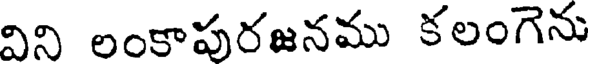
విని లంకాపురజనము కలంగెను